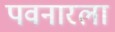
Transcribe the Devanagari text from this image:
पवनारला